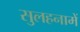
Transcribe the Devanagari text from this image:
सुलहनामें